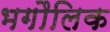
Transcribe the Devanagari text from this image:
भगौलिक